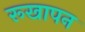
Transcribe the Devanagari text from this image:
रूखापन